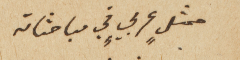
ممثلٍ عربيٍ في مباحثاته.